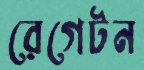
রেগেটন